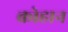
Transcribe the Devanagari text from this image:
क्रोहान